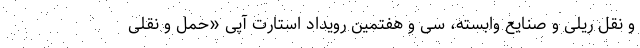
و نقل ریلی و صنایع وابسته، سی و هفتمین رویداد استارت آپی «حمل و نقلی